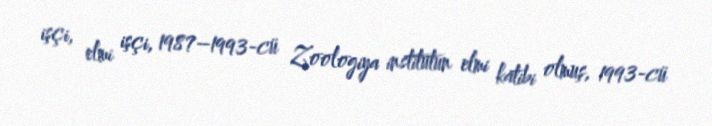
işçi, elmi işçi, 1987–1993-cü Zoologiya institutun elmi katibi olmuş, 1993-cü